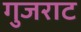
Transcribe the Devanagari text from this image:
गुजराट